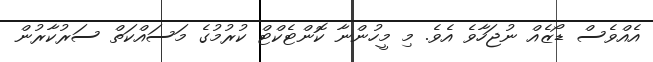
އެއްވެެސް ޑޯޒެއް ނުޖަހާވެ އެވެ. މި މީހުންނާ ކޮންޓެކްޓް ކުރުމުގެ މަސައްކަތް ސަރުކާރުން